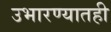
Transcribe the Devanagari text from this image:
उभारण्यातही